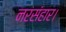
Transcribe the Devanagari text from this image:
नरसंहार।